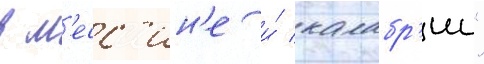
в м'есс'ин'е и́ калабр'ии"